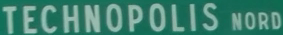
TECHNOPOLIS NORD